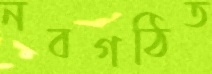
নবগঠিত